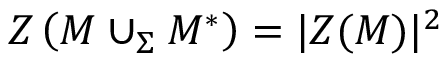
Z \left( M \cup _ { \Sigma } M ^ { * } \right) = | Z ( M ) | ^ { 2 }